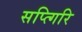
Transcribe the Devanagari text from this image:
सप्त्गिरि